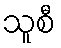
သူစီ